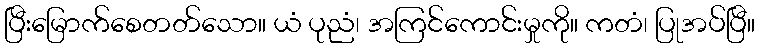
ပြီးမြောက်စေတတ်သော။ ယံ ပုညံ၊ အကြင်ကောင်းမှုကို။ ကတံ၊ ပြုအပ်ပြီ။